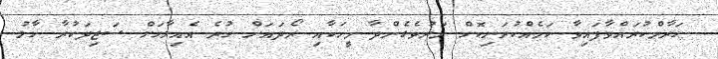
ޙަރާމްކުރައްވާފައިވާ ކަމެއްކުރަނިކޮށް މަރުވެގެންދާ މީހަކާއި ރޯދައަށް ހުރެ އެއިލާހަށް ސަޖިދަކުރާ ހާލު